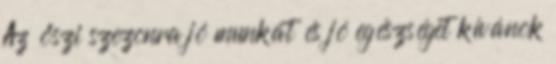
Az őszi szezonra jó munkát és jó egészséget kívánok